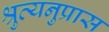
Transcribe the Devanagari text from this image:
श्रुत्यनुप्रास